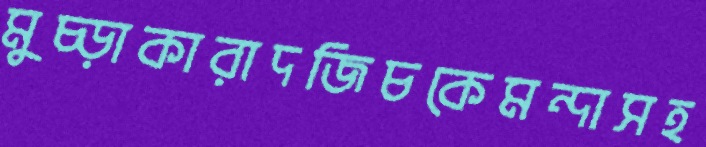
মুচ্‌ড়াকারাদজিচকেমন্দাসহ